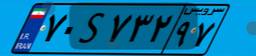
۷۰S۷۳۲۹۷